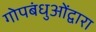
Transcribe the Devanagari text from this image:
गोपबंधुओंद्वारा